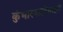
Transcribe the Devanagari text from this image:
कुंभारकलेसाठी